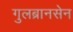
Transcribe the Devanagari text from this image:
गुलब्रानसेन